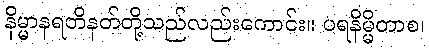
နိမ္မာနရတိနတ်တို့သည်လည်းကောင်း။ ပရနိမ္မိတာစ၊